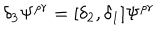
\delta _ { 3 } \Psi ^ { \rho r } = [ \delta _ { 2 } , \delta _ { 1 } ] \Psi ^ { \rho r }